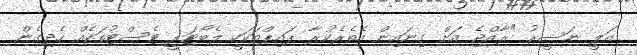
އަލީ ނަސީރު "ރާއްޖެ އަށް ގިނައިން އެތެރެކުރާ ޕައިޕްތަކަކީ ލެބޯޓަރީ ޓެސްޓުތަކެއް ހެދިގެން